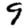
Digit: 9